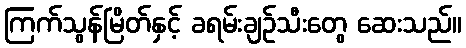
ကြက်သွန်မြိတ်နှင့် ခရမ်းချဉ်သီးတွေ ဆေးသည်။